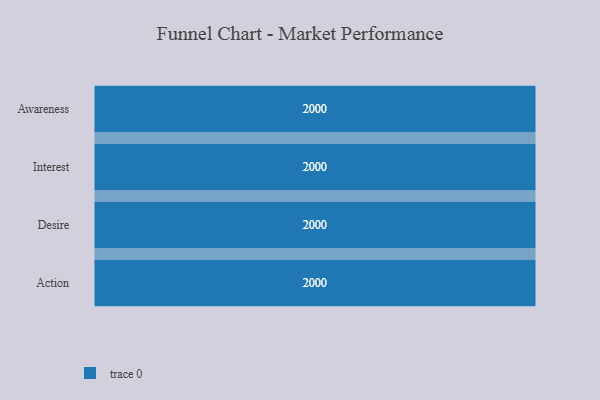
{"axis": {"x": "Stage", "y": "Value"}, "legend": [""], "data": [{"x": "Awareness", "y": 2000, "type": ""}, {"x": "Interest", "y": 2000, "type": ""}, {"x": "Desire", "y": 2000, "type": ""}, {"x": "Action", "y": 2000, "type": ""}]}